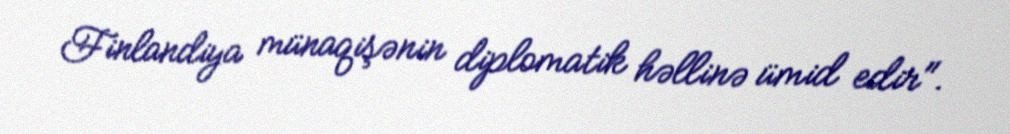
Finlandiya münaqişənin diplomatik həllinə ümid edir".